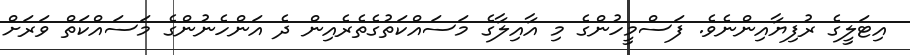
އިޓަލީގެ ރުފިޔާއިންނެވެ. ފަސްމީހުންގެ މި އާއިލާގެ މަސައްކަތުގެތެރެއިން ދެ އަންހެނުންގެ މަސައްކަތް ވަރަށް